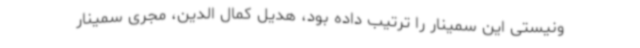
ونیستی این سمینار را ترتیب داده بود، هدیل کمال الدین، مجری سمینار